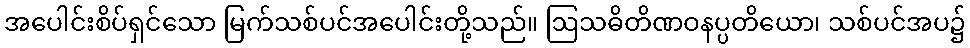
အပေါင်းစိပ်ရှင်သော မြက်သစ်ပင်အပေါင်းတို့သည်။ ဩသဓိတိဏဝနပ္ပတိယော၊ သစ်ပင်အပ၌